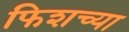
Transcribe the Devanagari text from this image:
फिशच्या